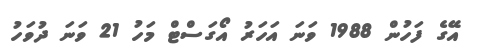
އޭގެ ފަހުން 1988 ވަނަ އަހަރު އޯގަސްޓް މަހު 21 ވަނަ ދުވަހު